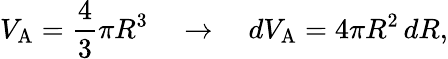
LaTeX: V_{\mathrm{{A}}}={\frac{4}{3}}\pi R^{3}\quad\rightarrow\quad dV_{\mathrm{{A}}}=4\pi R^{2}\, dR,